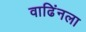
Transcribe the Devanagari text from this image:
वाढिंनला